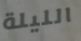
الليلة